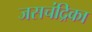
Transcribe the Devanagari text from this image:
जसचंद्रिका